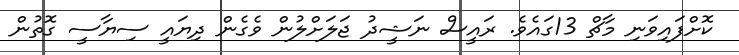
ކޮށްފައިވަނި މާޗް 13ގައެވެ. ރައީސް ނަޝީދު ޖަލަށްލުން ވެގެން ދިޔައީ ސިޔާސީ ގޮތުން